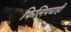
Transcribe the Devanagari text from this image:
फिलिपचाही